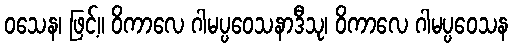
ဝသေန၊ ဖြင့်။ ဝိကာလေ ဂါမပ္ပဝေသနာဒီသု၊ ဝိကာလေ ဂါမပ္ပဝေသန